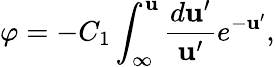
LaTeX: \varphi=-C_{1}\int_{\infty}^{\mathbf{u}}\frac{{d\mathbf{u}^{\prime}}}{{\mathbf{u}^{\prime}}}e^{-\mathbf{u}^{\prime}},